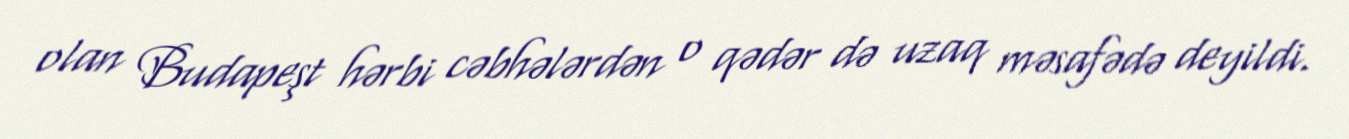
olan Budapeşt hərbi cəbhələrdən o qədər də uzaq məsafədə deyildi.